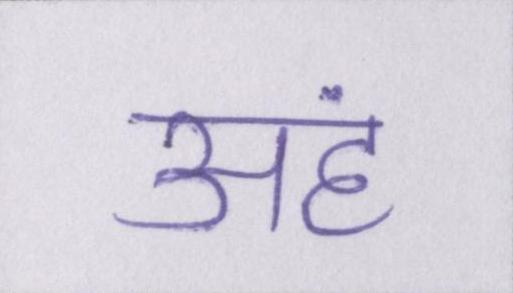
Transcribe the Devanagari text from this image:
अहं